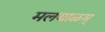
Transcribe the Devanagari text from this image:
मलयाळम्‌